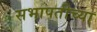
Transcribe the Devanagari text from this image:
सभापतीच्या